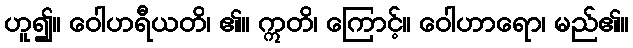
ဟူ၍။ ဝေါဟရီယတိ၊ ၏။ ဣတိ၊ ကြောင့်။ ဝေါဟာရော၊ မည်၏။